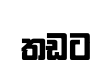
තඩට